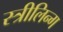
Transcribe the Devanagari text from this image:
स्त्रीलिन्ग